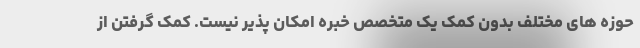
حوزه های مختلف بدون کمک یک متخصص خبره امکان پذیر نیست. کمک گرفتن از